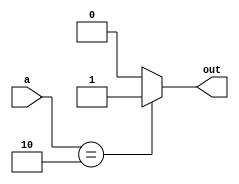

module encoder_2X1(a, out);

input [1:0] a;

output reg out;

always @(*) begin
    out = 1'b0;

    case(a)
        2'b01 : out = 0; 
        2'b10 : out = 1;

        default : begin
            out = 2'b00;
        end

    endcase

end

endmodule


/*
module encoder_4X2(a, out);

input [3:0] a;

output reg [1:0] out;

always @(*) begin
    out = 2'b00;

    case(a)
        4'b0001 : out = 2'b00; // a = 4'b0001, out = 2'b00
        4'b0010 : out = 2'b01; // a = 4'b0010, out = 2'b01
        4'b0100 : out = 2'b10; // a = 4'b0100, out = 2'b10
        4'b1000 : out = 2'b11; // a = 4'b1000, out = 2'b11

        default : begin
            out = 2'b00;
        end

    endcase

end

endmodule
*/